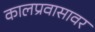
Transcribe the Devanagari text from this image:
कालप्रवासावर